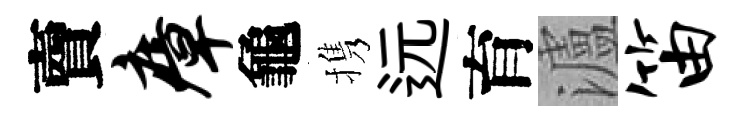
𧶠瘴龜携远育瀘笛